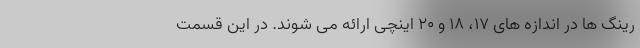
رینگ ها در اندازه های 17، 18 و 20 اینچی ارائه می شوند. در این قسمت